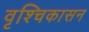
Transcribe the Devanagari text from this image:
वृश्चिकासन